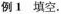
例1 填空.